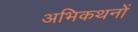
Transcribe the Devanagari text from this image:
अभिकथनों